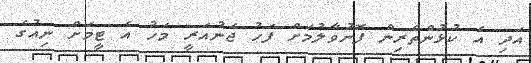
އަދި އެ ކުޅުންތެރިން ފޮނުވާލުމަށް ފަހު ޖެނުއަރީ މަހު އެ ޓީމަށް ނިއުގެ